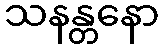
သနန္တနော